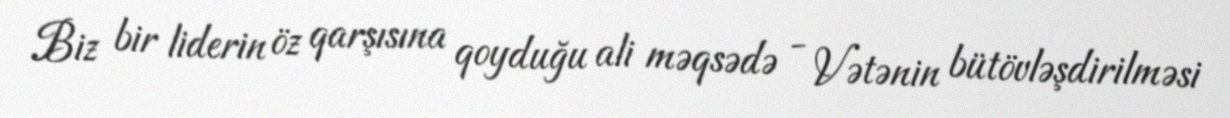
Biz bir liderin öz qarşısına qoyduğu ali məqsədə - Vətənin bütövləşdirilməsi